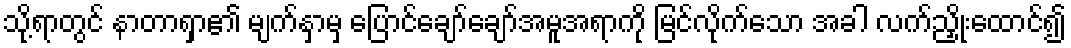
သို့ရာတွင် နာတာရှာ၏ မျက်နှာမှ ပြောင်ချော်ချော်အမူအရာကို မြင်လိုက်သော အခါ လက်ညှိုးထောင်၍